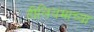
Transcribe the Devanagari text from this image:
हीलियमाच्या